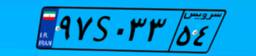
۷۴S۱۰۳۹۲